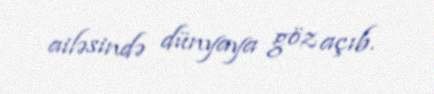
ailəsində dünyaya göz açıb.